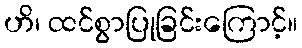
ဟိ၊ ထင်စွာပြုခြင်းကြောင့်။